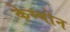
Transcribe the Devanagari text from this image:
केम्बोन